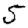
Digit: 5